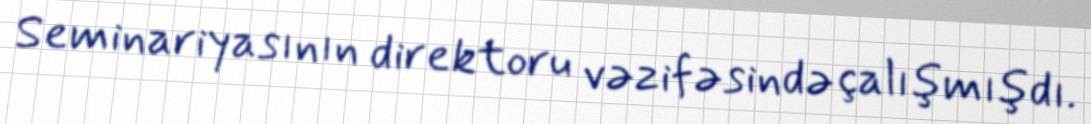
Seminariyasının direktoru vəzifəsində çalışmışdı.